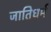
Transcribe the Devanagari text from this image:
जातिधर्म